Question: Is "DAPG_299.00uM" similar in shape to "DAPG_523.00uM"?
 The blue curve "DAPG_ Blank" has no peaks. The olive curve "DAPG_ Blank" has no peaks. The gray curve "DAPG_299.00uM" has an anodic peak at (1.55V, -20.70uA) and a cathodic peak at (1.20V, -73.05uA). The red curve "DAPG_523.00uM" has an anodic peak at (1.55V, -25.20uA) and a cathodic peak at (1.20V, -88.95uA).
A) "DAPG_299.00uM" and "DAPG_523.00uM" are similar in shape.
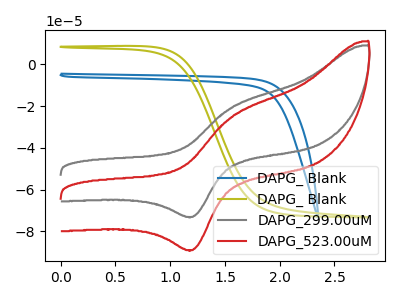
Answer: <think>All the peaks in "DAPG_299.00uM" have a peak in "DAPG_523.00uM" at the same potential.
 </think>
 <answer>A) "DAPG_299.00uM" and "DAPG_523.00uM" are similar in shape.</answer>
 <eval>A</eval>